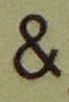
&